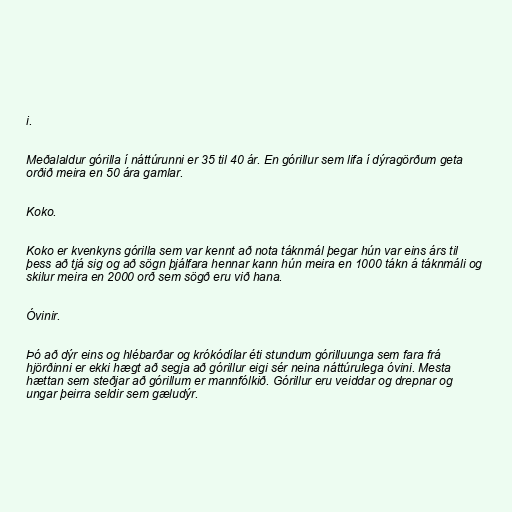
i.

Meðalaldur górilla í náttúrunni er 35 til 40 ár. En górillur sem lifa í dýragörðum geta
orðið meira en 50 ára gamlar.

Koko.

Koko er kvenkyns górilla sem var kennt að nota táknmál þegar hún var eins árs til
þess að tjá sig og að sögn þjálfara hennar kann hún meira en 1000 tákn á táknmáli og
skilur meira en 2000 orð sem sögð eru við hana.

Óvinir.

Þó að dýr eins og hlébarðar og krókódílar éti stundum górilluunga sem fara frá
hjörðinni er ekki hægt að segja að górillur eigi sér neina náttúrulega óvini. Mesta
hættan sem steðjar að górillum er mannfólkið. Górillur eru veiddar og drepnar og
ungar þeirra seldir sem gæludýr.